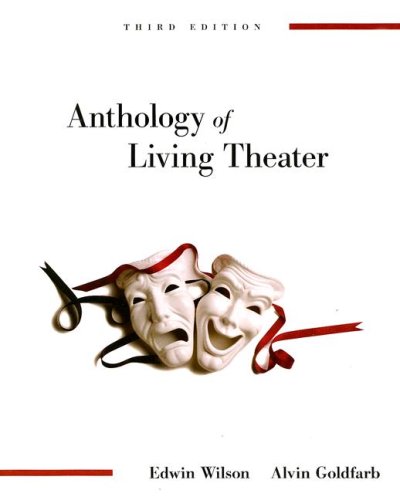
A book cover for Anthology of Living Theater; Edwin Wilson; Literature & Fiction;